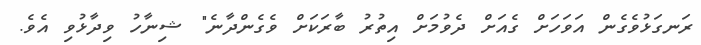
ރަނގަޅުވެގެން އަވަހަށް ގެއަށް ދެވުމަށް އިތުރު ބާރަކަށް ވެގެންދާނެ" ޝިނާހު ވިދާޅުވި އެވެ.